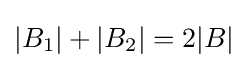
|B_{1}|+|B_{2}|=2|B|